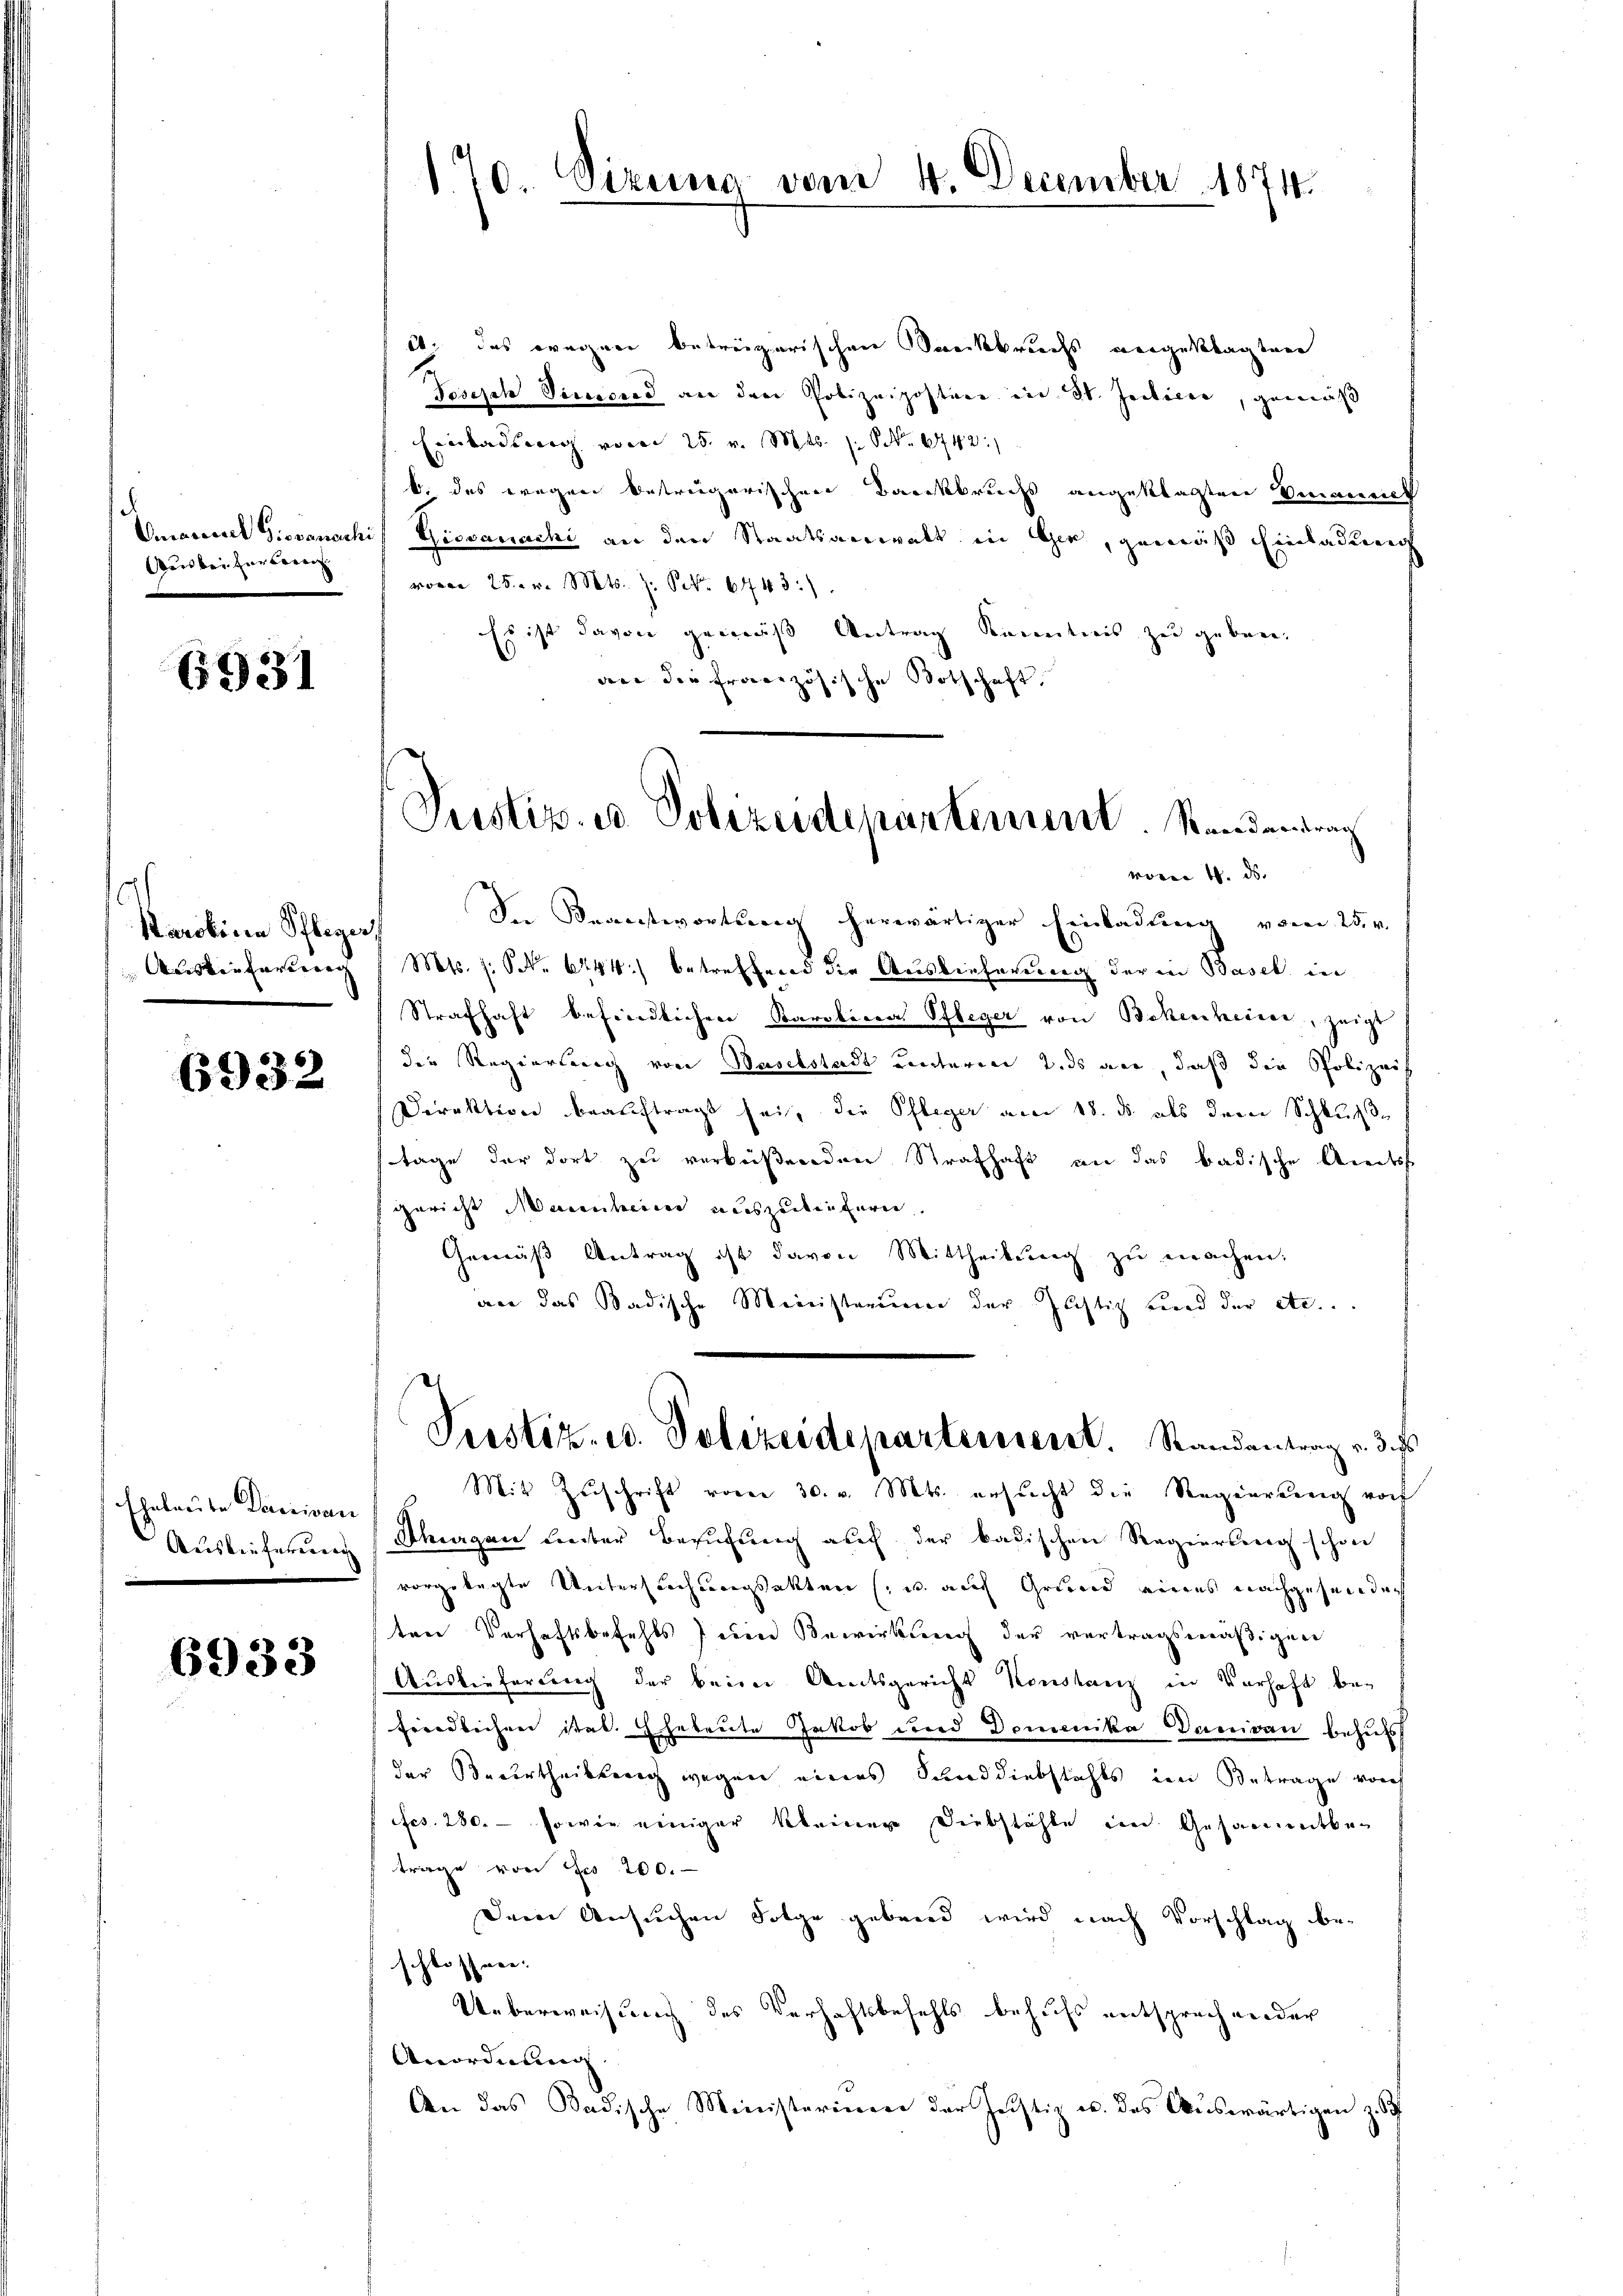
Aus bei für berei

6931

1
Karolina Pflegers
Aas tieferung

6932

Ehebreite Pensivan

6933

14. das wegner betreizerischen Dreckbruchs angeklagten
Tesisch Vicecurs an den Polizeiposten in St. Jacticie, gemäß
Einbadsweg vom 25. v. Mts. No 642.
b. das wegen betreigarischen Barckbruchs angeklagten Veranen
Emanuel Giovanachil Giovanachi an den Staatsanwalt in Gie, gemäß Einladuen
vom 25. v. Mts. Z. Frk. 6443.)
Es ist davon gemäß Antrag Kenntnis zu geben.
dee die französische Botschaft.
vom 4. ds.
See Beantwortung herwärtiger Einladung vom 25. v.
Mts. f. S. 6244) betreffend die Auslieferung der in Basel in
Strafhaft befindlichen Karolina Pfleger von Bekenheiter, zeigt
der Regierung von Baselstadt unteren 2. ds an, daß die Polizei
Direktion beauftragt sei, die Pfleger am 18. ds. als dem Schluße
tage der dort zu verbeißenden Strafhaft an das badische Streits
fgericht Mannheien auszureifern.
Gemäβ Antrag ist davon Mittheilŭng zŭ machen:
an das Badische Meinisterium der Justiz und der etc...
Pustiz- u. Polizeidepartement. Standentrag v. 3. 5
Mit Zuschrift vom 30. v. Mts. ersucht die Regierung vor
Auslieferung (Tagen unter Besuchung auf der badischen Regierung schon
vorgelegte Untersuchungsakten u. auch Grund eines nachgehenden
ten Verhaftsbefehls eine Bewirkung der vertragsmäßigen
Auslieferung der beim Amtsgericht Konstanz in Verhaft befindlichen ital. Eheleute Jakob und Domenika Danivan behuts
der Beurtheilung wegen eines Sanddiebstahls den Betrage vorh
fcs. 280. – sowie einiger kleiner Diebstähle im Gesammtbetrage von Fr. 200.
Dem Ansuchen Folge gebend wird nach Vorschlag beschlossen:
Ueberweisung des Verhaftsbefehls behufs entsprechender
Anordnung
An das Badische Ministerium der Justiz u. des Auswärtigen z. B

170. Sizung vom 4. December 1874.

Justiz- u Polizeidepartement. Standendung